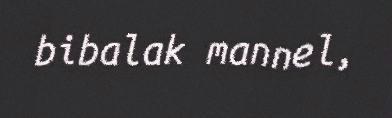
bibalak mannel,